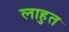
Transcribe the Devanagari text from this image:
लाहुत